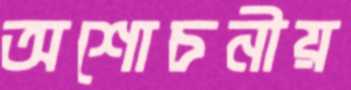
অশোচনীয়